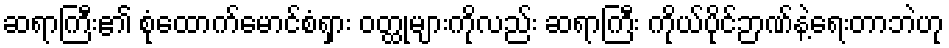
ဆရာကြီး၏ စုံထောက်မောင်စံရှား ဝတ္ထုများကိုလည်း ဆရာကြီး ကိုယ်ပိုင်ဉာဏ်နဲ့ရေးတာဘဲဟု